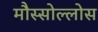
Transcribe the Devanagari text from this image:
मौस्सोल्लोस